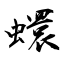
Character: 蠉